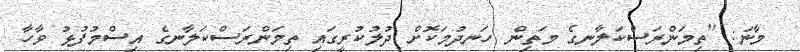
މާނަ: ''ތިމަންރަސްކަލާނގެ މަތިން ހަނދުމަކޮށް ދުލުކުރީގައި ތިމަންރަސްކަލާނގެ އިސްމުފުޅު ވާހާ